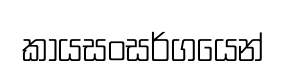
කායසංසර්ගයෙන්